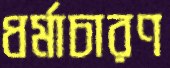
ধর্মাচারণ